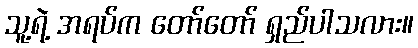
သူ့ရဲ့ အရပ်က တော်တော် ရှည်ပါသလား။